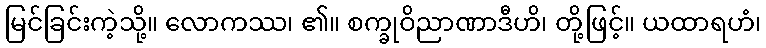
မြင်ခြင်းကဲ့သို့။ လောကဿ၊ ၏။ စက္ခုဝိညာဏာဒီဟိ၊ တို့ဖြင့်။ ယထာရဟံ၊